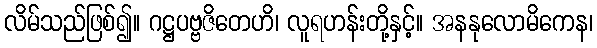
လိမ်သည်ဖြစ်၍။ ဂဋ္ဌပဗ္ဗဇိတေဟိ၊ လူရဟန်းတို့နှင့်။ အနနုလောမိကေန၊